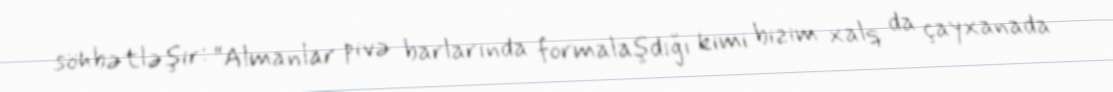
söhbətləşir: “Almanlar pivə barlarında formalaşdığı kimi bizim xalq da çayxanada